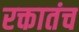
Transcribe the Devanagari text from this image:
रक्तातंच